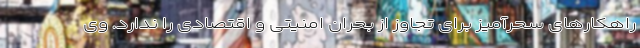
راهکارهای سحرآمیز برای تجاوز از بحران امنیتی و اقتصادی را ندارد. وی